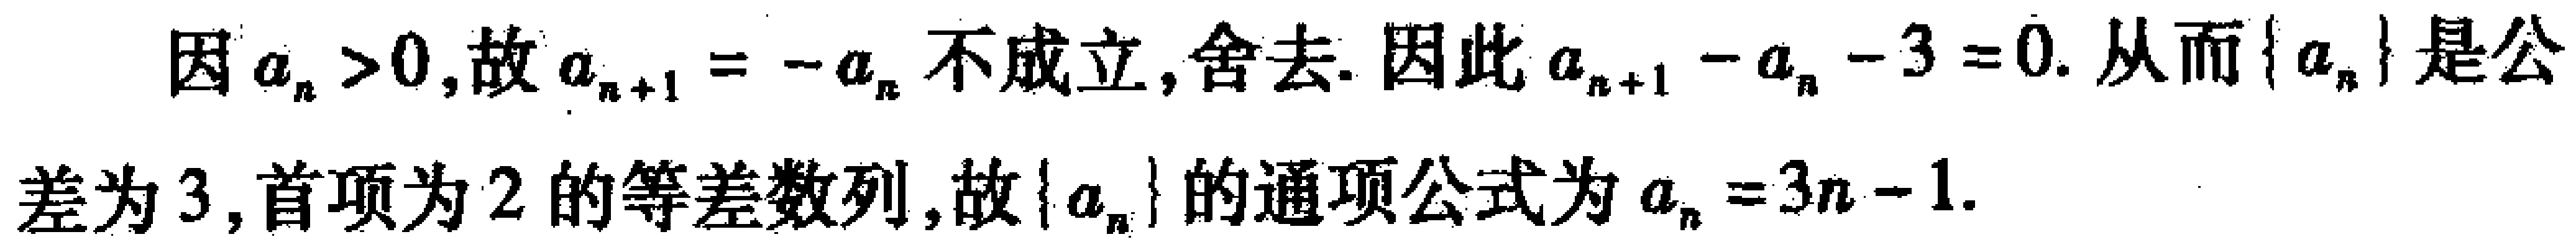
因 \(a_{n}>0\)，故 \(a_{n + 1}=-a_{n}\) 不成立，舍去. 因此 \(a_{n + 1}-a_{n}-3 = 0\). 从而 \(\{a_{n}\}\) 是公差为 \(3\)，首项为 \(2\) 的等差数列，故 \(\{a_{n}\}\) 的通项公式为 \(a_{n}=3n - 1\).